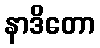
နာဒိတော